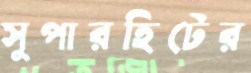
সুপারহিটের